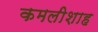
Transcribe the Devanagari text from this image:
कमलीशाह